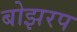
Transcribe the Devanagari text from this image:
बोझरप